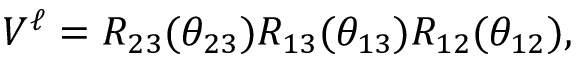
V ^ { \ell } = R _ { 2 3 } ( \theta _ { 2 3 } ) R _ { 1 3 } ( \theta _ { 1 3 } ) R _ { 1 2 } ( \theta _ { 1 2 } ) ,